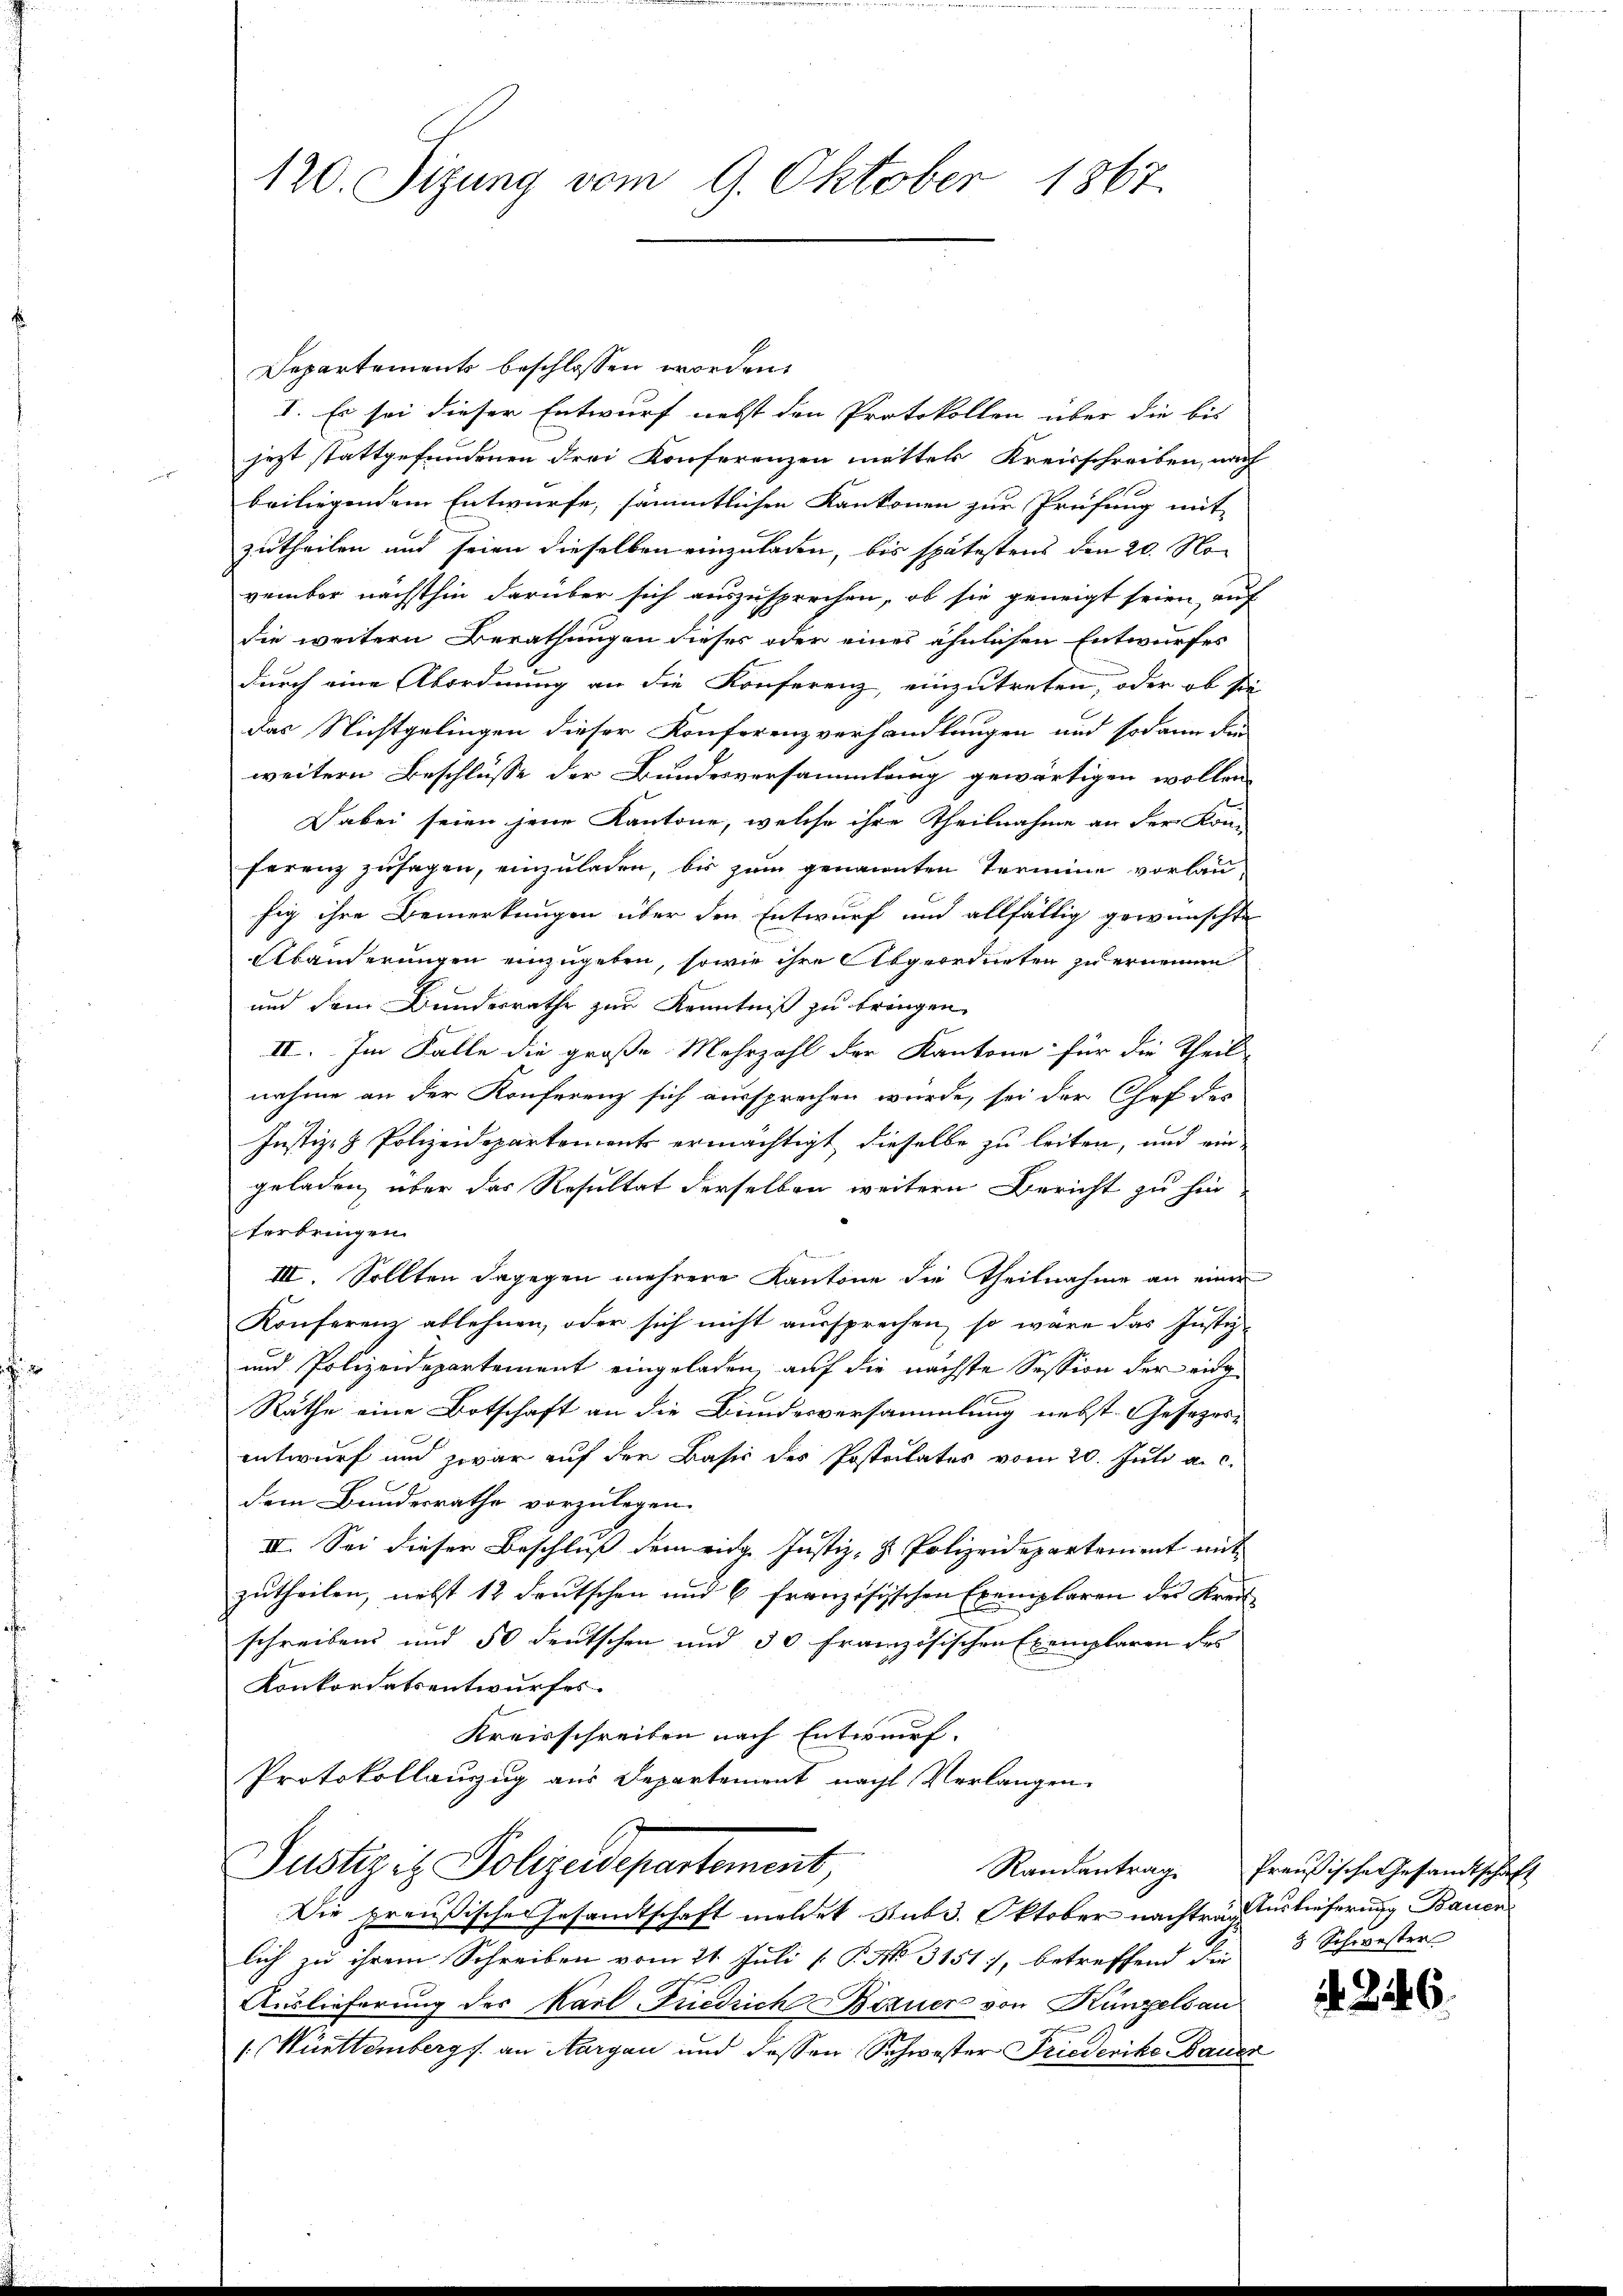
Departements beschlossen worden.
I. Es sei dieser Entwurf nebst den Protokollen über die bis
jezt stattgefundenen drei Konferenzen mittels Kreisschreiben, nach
beiliegendem Entwürfe, sämmtlichen Kantonen zur Prüfung mit
zutheilen und seien dieselben einzuladen, bis spätestens den 20. No
vember nächsthin darüber sich auszusprechen, ob sie geneigt seien, auf
die weitern Berathungen dieses oder eines ähnlichen Entwurfes
durch eine Abordnung an die Konferenz, einzutreten, oder ob sie
das Nichtgelingen dieser Konferenzverhandlungen und sodann die
weitern Beschlusse der Bundesversammlung gewärtigen wollen
Dabei seien jene Kantone, welche ihre Theilnahme an der Kom-
ferenz zusagen, einzuladen, bis zum genannten Termine vorlaufig ihre Bemerkungen über den Entwurf und allfällig gewünschte
Abänderungen einzugeben, sowie ihre Abgeordneten zu ernennen
und dem Bundesrathe zur Kenntniß zu bringen.
II. Im Falle die große Mehrzahl der Kantone für die Theil-
nahme an der Konferenz sich aussprechen wurde, sei der Chef der
Justiz- & Polizeidepartement ermächtigt, dieselbe zu leiten, und ein
geladen, über das Resultat derselben weitern Bericht zu hin
terbringen.

III. Sollten dagegen mehrere Kantone die Theilnahme an einer
Konferenz ablehnen, oder sich nicht aŭssprechen, so wäre das Insti-
und Polizeidepartement eingeladen, auf die nächste Session der eig¬
Räthe eine Botschaft an die Bundesversammlung nebst Gesezesentwurf und zwar auf der Basis des Postritates vom 20. Juli a. c.
dem Bundesrathe vorzulegen.
III. Sei dieser Beschluss dem eidg. Justiz- & Polizeidepartement mit |
zutheilen, nebst 12 deutschen und 6 französischen Exemplaren des Kreisschreibens und 50 deutschen und 30 Französischen Exemplaren des
Konkordatsentwurfes.
Kreisschreiben nach Entwurf.
Protokollauszug aus Departement nacht Verlangen
Justizit. Polizeidepartement
Randantrag
Die preußisches Gesamtschaft meldet sub. Oktober nachtrach Auslieferung Bauen
lich zu ihrem Schreiben vom 21. Juli [P. No. 31517, betreffend die
Auslieferung des Karl Friedrich Bauer von Künzelsau
 Württemberg s. an Margau und dessen Schwester Friederike Bauer

120. Sizung vom 9. Oktober 1867.

Preußische Gesandtschaft
8 Schwester

26.